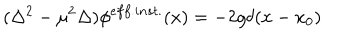
LaTeX: ( \Delta ^ { 2 } - \mu ^ { 2 } \Delta ) \phi ^ { e f f . i n s t . } ( x ) = - 2 g \delta ( x - x _ { 0 } )